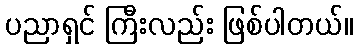
ပညာရှင် ကြီးလည်း ဖြစ်ပါတယ်။